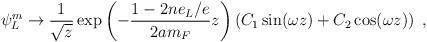
LaTeX: \begin{align*}\psi_L ^{m} \to \frac{1}{\sqrt{z}} \exp\left(-\frac{1-2ne_L/e}{2am_F}z\right) \left(C_1 \sin(\omega z) +C_2 \cos(\omega z)\right)~,\end{align*}